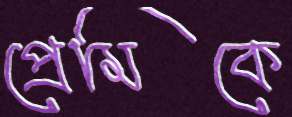
প্রেমিকে